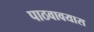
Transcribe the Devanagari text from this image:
पाठवावयास